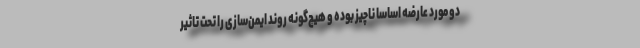
دو مورد عارضه اساسا ناچیز بوده و هیچ‌گونه روند ایمن‌سازی را تحت تاثیر